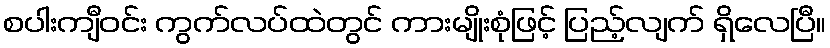
စပါးကျီဝင်း ကွက်လပ်ထဲတွင် ကားမျိုးစုံဖြင့် ပြည့်လျက် ရှိလေပြီ။